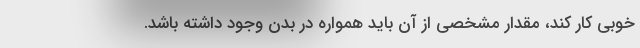
خوبی کار کند، مقدار مشخصی از آن باید همواره در بدن وجود داشته باشد.